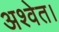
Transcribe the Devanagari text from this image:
अश्वेत।